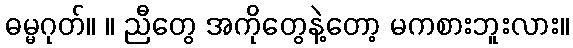
ဓမ္မဂုတ်။ ။ ညီတွေ အကိုတွေနဲ့တော့ မကစားဘူးလား။